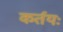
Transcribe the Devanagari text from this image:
कर्तयः